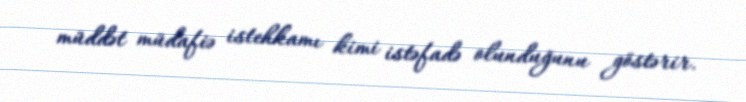
müddət müdafiə istehkamı kimi istəfadə olunduğunu göstərir.